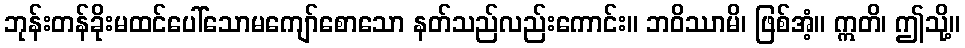
ဘုန်းတန်ခိုးမထင်ပေါ်သောမကျော်စောသော နတ်သည်လည်းကောင်း။ ဘဝိဿာမိ၊ ဖြစ်အံ့။ ဣတိ၊ ဤသို့။